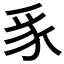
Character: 𮙥